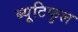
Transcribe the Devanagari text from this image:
ब्यूटिफुल